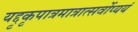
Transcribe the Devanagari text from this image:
यद्दृकृपात्रमात्रात्सर्वोप्ययं